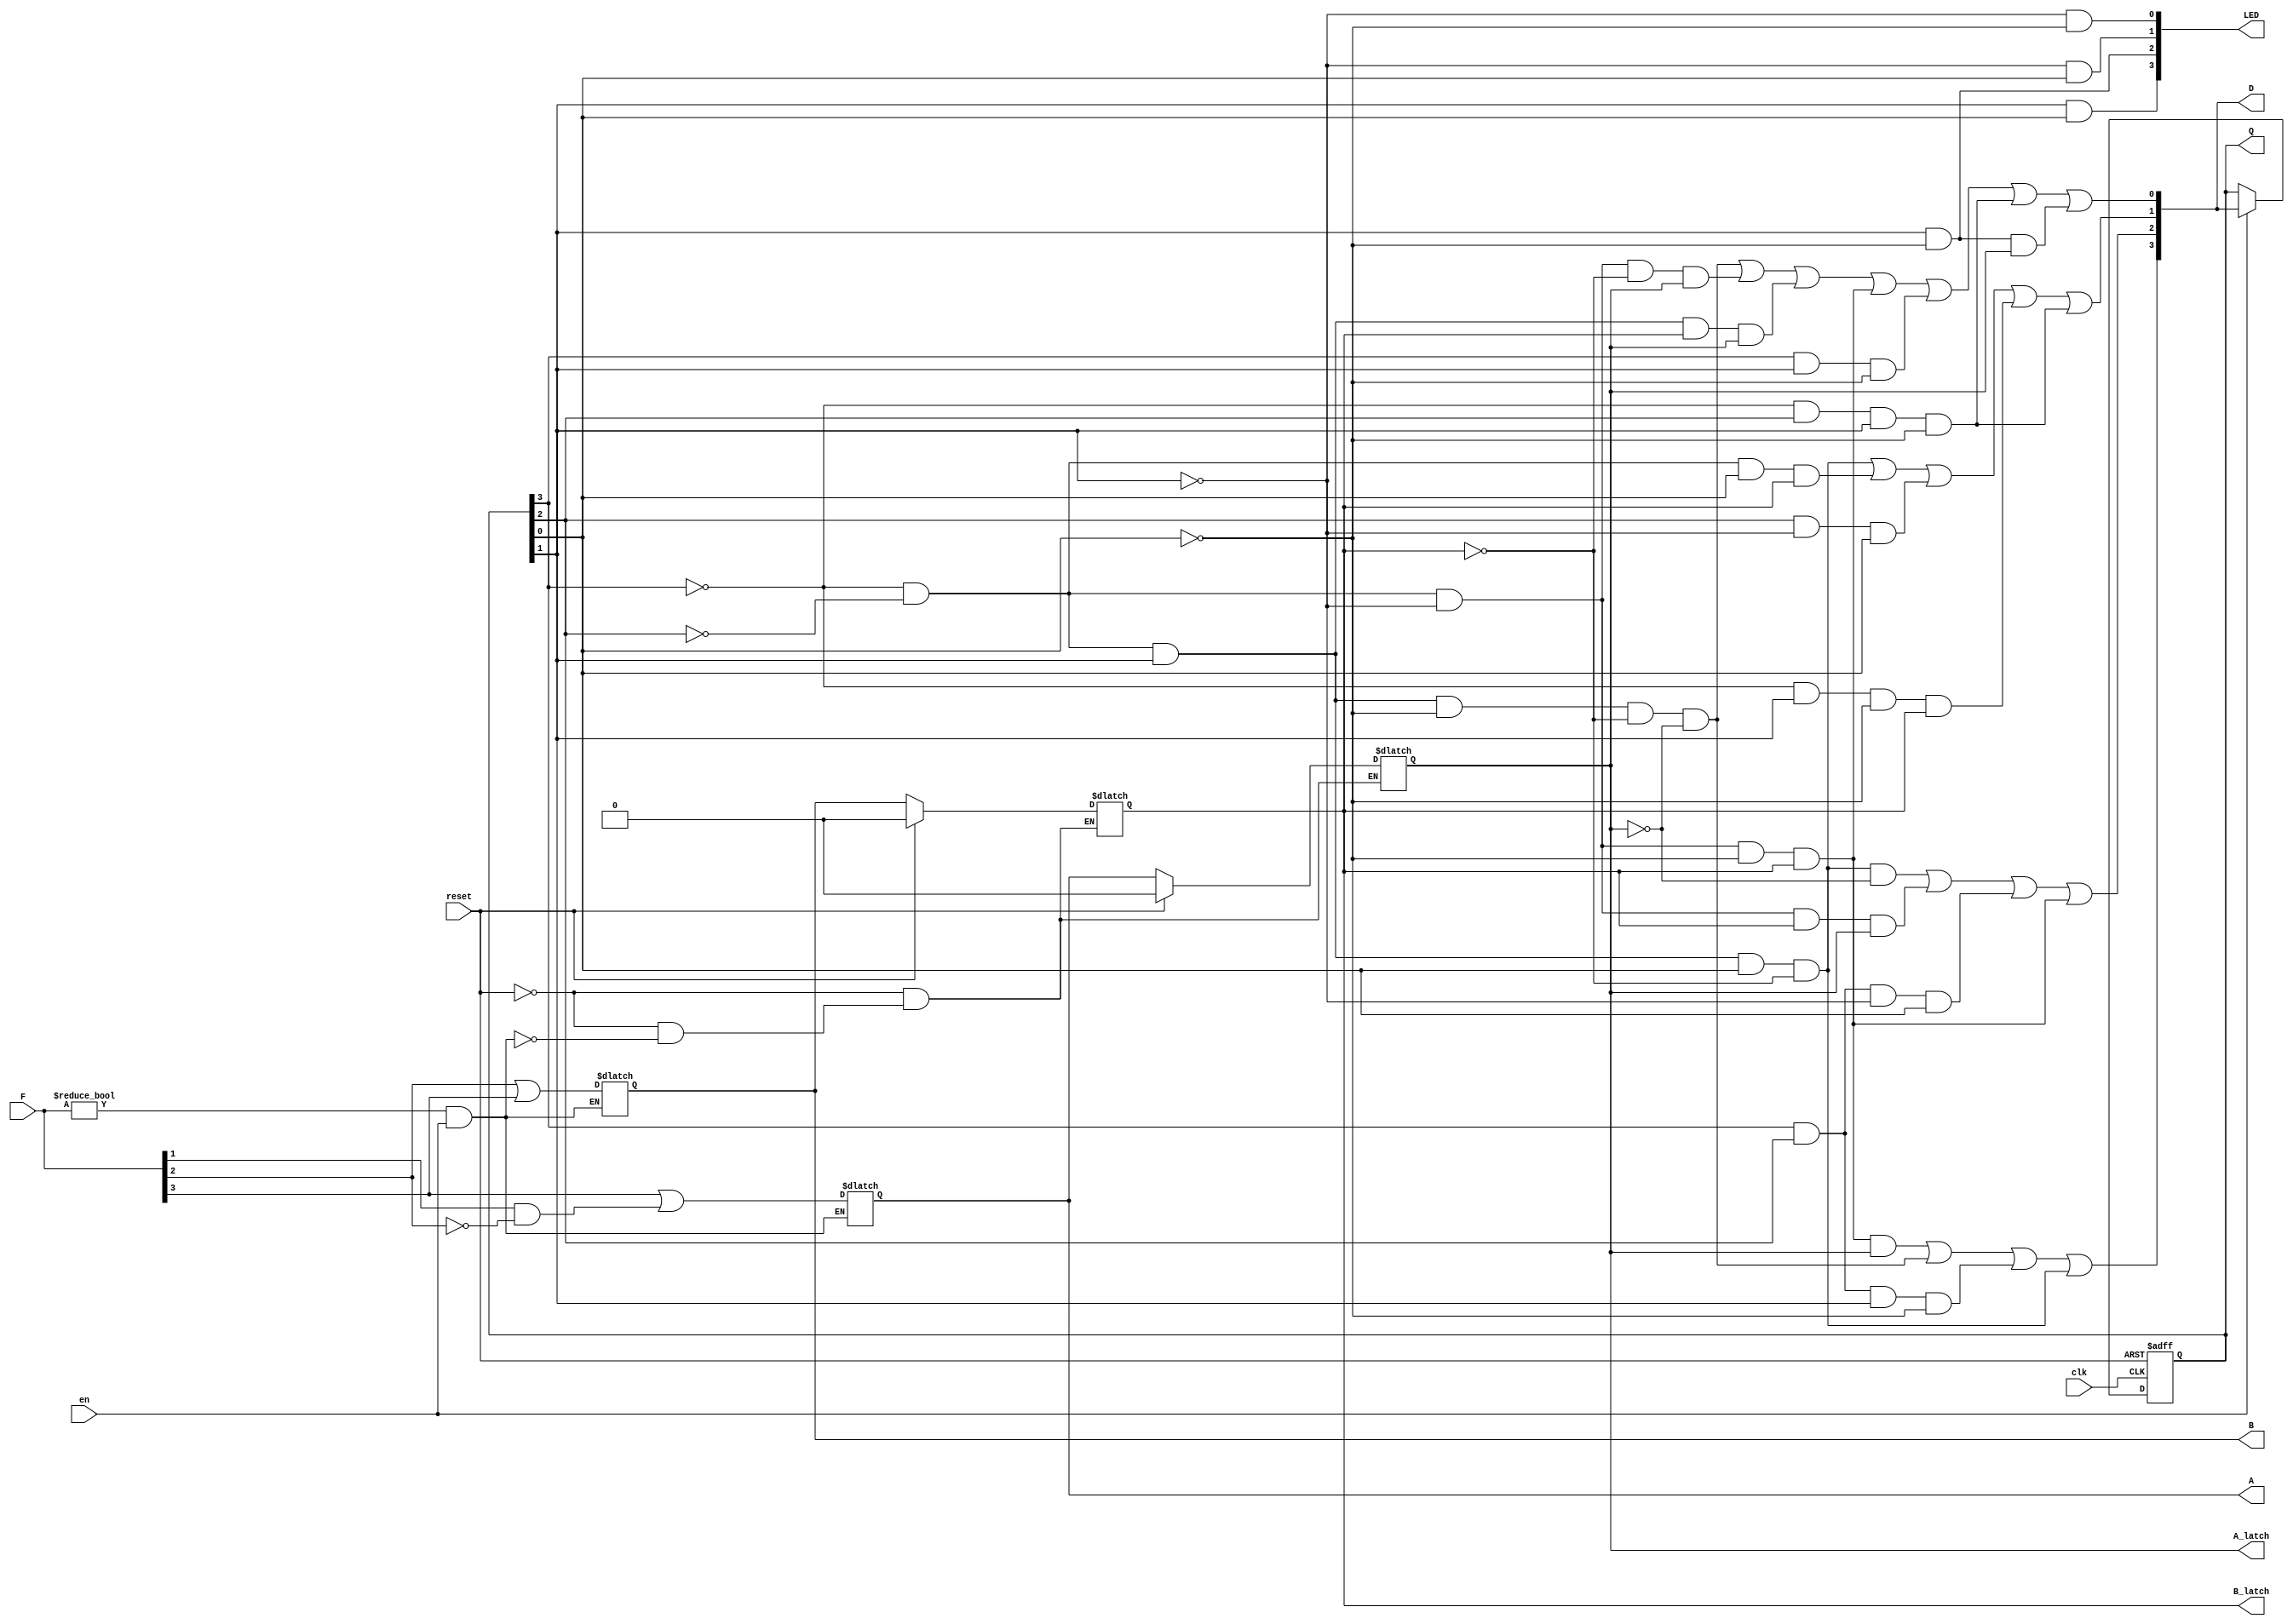
module elevator (
    clk,
    reset,
    en,
    F,
    D,
    Q,
    A,
    B,
    A_latch,
    B_latch,
    LED
);


input clk;
input reset;
input en;
input [3:0] F;
output [3:0] D;
wire [3:0] D;
output [3:0] Q;
reg [3:0] Q;
output A;
reg A;
output B;
reg B;
output A_latch;
reg A_latch;
output B_latch;
reg B_latch;
output [3:0] LED;
wire [3:0] LED;






always @(en, F) begin: ELEVATOR_ENCODER
    if (((F != 0) && en)) begin
        A = ((F[3] || (F[1] && (!F[2]))) != 0);
        B = ((F[2] || F[3]) != 0);
    end
end


always @(reset, A, B, en, F) begin: ELEVATOR_LATCH
    if (reset) begin
        A_latch = (1'b0 != 0);
        B_latch = (1'b0 != 0);
    end
    else if (((F != 0) && en)) begin
        A_latch = A;
        B_latch = B;
    end
end



assign D = {((((!Q[3]) && (!Q[2]) && (!Q[1]) && (!Q[0]) && B_latch && A_latch) || ((!Q[3]) && (!Q[2]) && Q[1] && (!Q[0]) && (!B_latch) && (!A_latch)) || (Q[3] && Q[2] && Q[1] && (!Q[0])) || ((!Q[3]) && (!Q[2]) && Q[1] && Q[0] && (!B_latch))) != 0), ((((!Q[3]) && (!Q[2]) && Q[1] && Q[0] && (!B_latch) && (!A_latch)) || ((!Q[3]) && (!Q[2]) && (!Q[1]) && B_latch && A_latch) || (Q[3] && Q[2] && (!Q[1]) && Q[0]) || ((!Q[3]) && (!Q[2]) && (!Q[1]) && (!Q[0]) && B_latch)) != 0), ((((!Q[3]) && (!Q[2]) && Q[1] && Q[0] && (!B_latch)) || ((!Q[3]) && (!Q[2]) && Q[0] && B_latch) || (Q[2] && (!Q[1]) && Q[0]) || ((!Q[3]) && Q[1] && (!Q[0]) && B_latch) || ((!Q[3]) && Q[2] && Q[1] && (!Q[0]))) != 0), ((((!Q[3]) && (!Q[2]) && Q[1] && (!Q[0]) && (!B_latch) && (!A_latch)) || ((!Q[3]) && (!Q[2]) && (!Q[1]) && (!B_latch) && A_latch) || ((!Q[3]) && (!Q[2]) && Q[1] && B_latch && A_latch) || ((!Q[3]) && (!Q[2]) && (!Q[1]) && (!Q[0]) && B_latch) || (Q[3] && Q[1] && (!Q[0])) || ((!Q[3]) && Q[2] && Q[1] && (!Q[0])) || (Q[1] && (!Q[0]) && A_latch)) != 0)};


always @(posedge clk, posedge reset) begin: ELEVATOR_DFF
    if (reset == 1) begin
        Q <= 0;
    end
    else begin
        if (en) begin
            Q <= D;
        end
    end
end



assign LED = {((Q[1] && Q[0]) != 0), ((Q[1] && (!Q[0])) != 0), (((!Q[1]) && Q[0]) != 0), (((!Q[1]) && (!Q[0])) != 0)};

endmodule